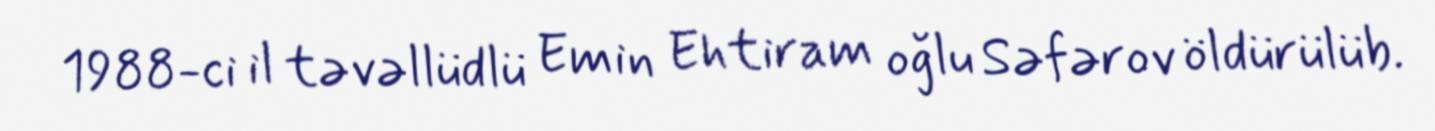
1988-ci il təvəllüdlü Emin Ehtiram oğlu Səfərov öldürülüb.